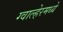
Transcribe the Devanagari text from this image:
ग्वाल्हेरमध्ये